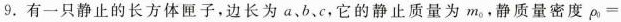
9. 有一只静止的长方体匣子，边长为a、b、c，它的静止质量为m_{0}，静质量密度\rho =